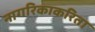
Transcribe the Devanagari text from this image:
नागरिकाकरिता